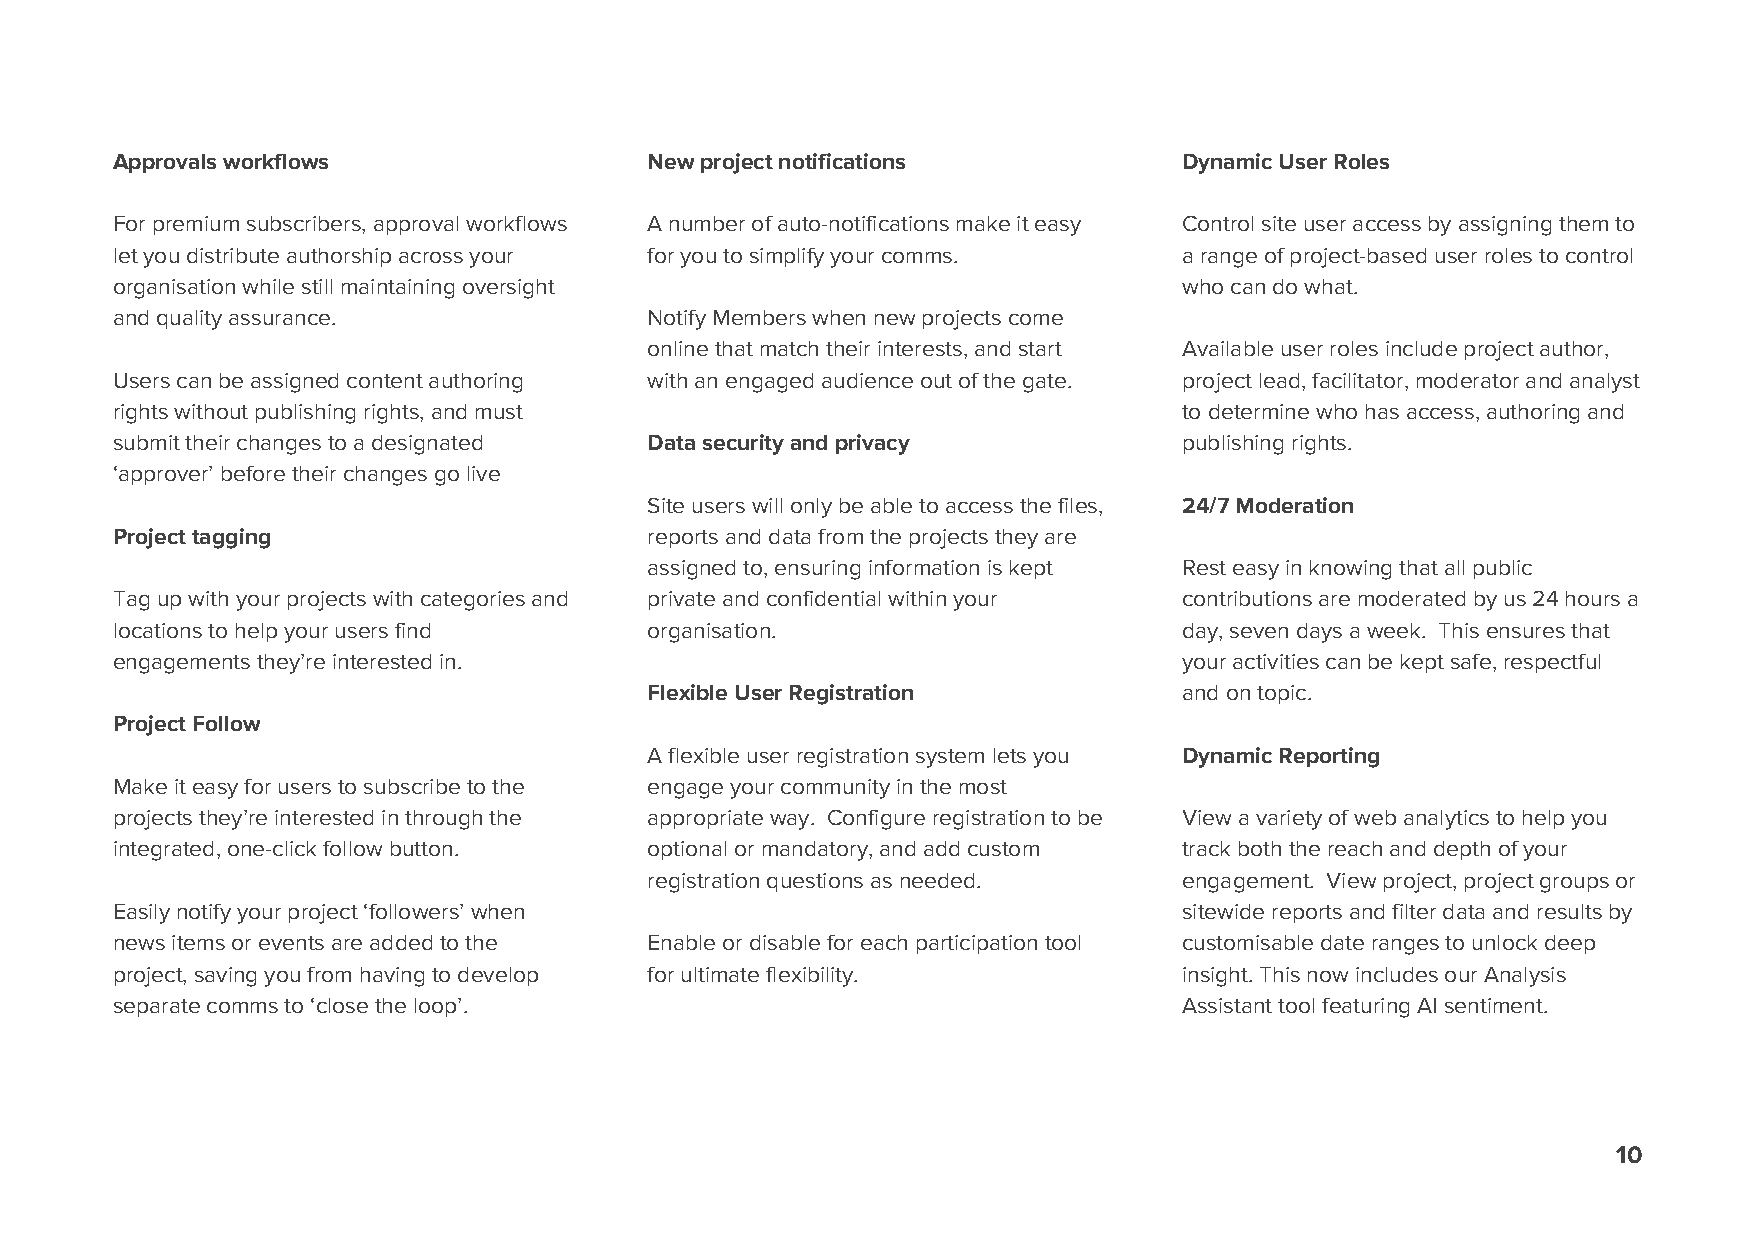
Approvals workflows                 New project notifications          Dynamic User Roles
 For premium subscribers, approval workflows A number of auto-notifications make it easy Control site user access by assigning them to
 let you distribute authorship across your for you to simplify your comms. a range of project-based user roles to control
 organisation while still maintaining oversight                         who can do what.
 and quality assurance.              Notify Members when new projects come
 online that match their interests, and start Available user roles include project author,
 Users can be assigned content authoring with an engaged audience out of the gate. project lead, facilitator, moderator and analyst
 rights without publishing rights, and must                             to determine who has access, authoring and
 submit their changes to a designated Data security and privacy         publishing rights.
 ‘approver’ before their changes go live
 Site users will only be able to access the files, 24/7 Moderation
 Project tagging                     reports and data from the projects they are
 assigned to, ensuring information is kept Rest easy in knowing that all public
 Tag up with your projects with categories and private and confidential within your contributions are moderated by us 24 hours a
 locations to help your users find   organisation.                      day, seven days a week. This ensures that
 engagements they’re interested in.                                     your activities can be kept safe, respectful
 Flexible User Registration         and on topic.
 Project Follow
 A flexible user registration system lets you Dynamic Reporting
 Make it easy for users to subscribe to the engage your community in the most
 projects they’re interested in through the appropriate way. Configure registration to be View a variety of web analytics to help you
 integrated, one-click follow button. optional or mandatory, and add custom track both the reach and depth of your
 registration questions as needed.  engagement. View project, project groups or
 Easily notify your project ‘followers’ when                            sitewide reports and filter data and results by
 news items or events are added to the Enable or disable for each participation tool customisable date ranges to unlock deep
 project, saving you from having to develop for ultimate flexibility.   insight. This now includes our Analysis
 separate comms to ‘close the loop’.                                    Assistant tool featuring AI sentiment.
 10